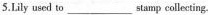
5.Lily used to___stamp collecting.